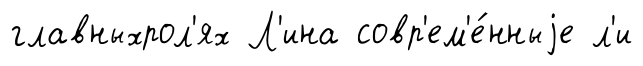
главныхрол'ях Л'ина совр'ем'е́нныjе л'и